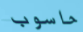
حاسوب